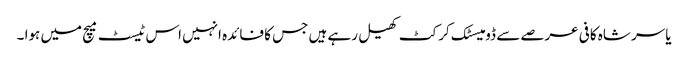
یاسر شاہ کافی عرصے سے ڈومیسٹک کرکٹ کھیل رہے ہیں جس کا فائدہ انہیں اس ٹیسٹ میچ میں ہوا ۔